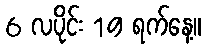
6 လပိုင်း 19 ရက်နေ့။